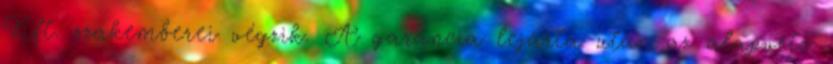
Kft. szakemberei végzik. A garancia lejárta után az alapvető